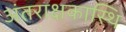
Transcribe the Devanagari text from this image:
अंतराक्षकास्थि